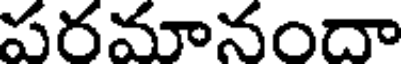
పరమానందా